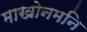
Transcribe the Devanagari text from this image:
माखोनमनि